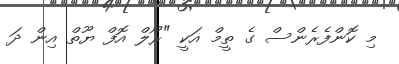
މި ކޮންފެރެންސް ގެ ތީމް އަކީ "ރޯލް އޮފް ޔޫތް އިން ދަ